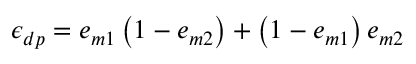
\epsilon _ { d p } = e _ { m 1 } \left( 1 - e _ { m 2 } \right) + \left( 1 - e _ { m 1 } \right) e _ { m 2 }